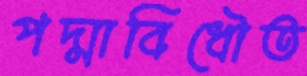
পদ্মাবিধৌত